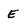
Character: E